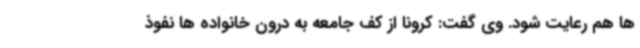
ها هم رعایت شود. وی گفت: کرونا از کف جامعه به درون خانواده ها نفوذ